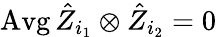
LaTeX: \operatorname{Avg}\hat{Z}_{i_{1}}\otimes\hat{Z}_{i_{2}}=0